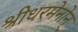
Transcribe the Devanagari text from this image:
श्रीधरमेनोन्